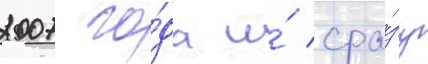
2007 го́да и́ сра́зу